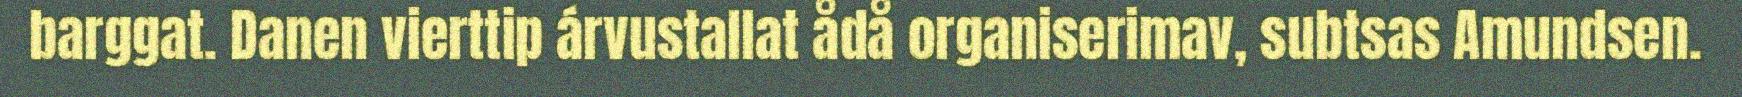
barggat. Danen vierttip árvustallat ådå organiserimav, subtsas Amundsen.